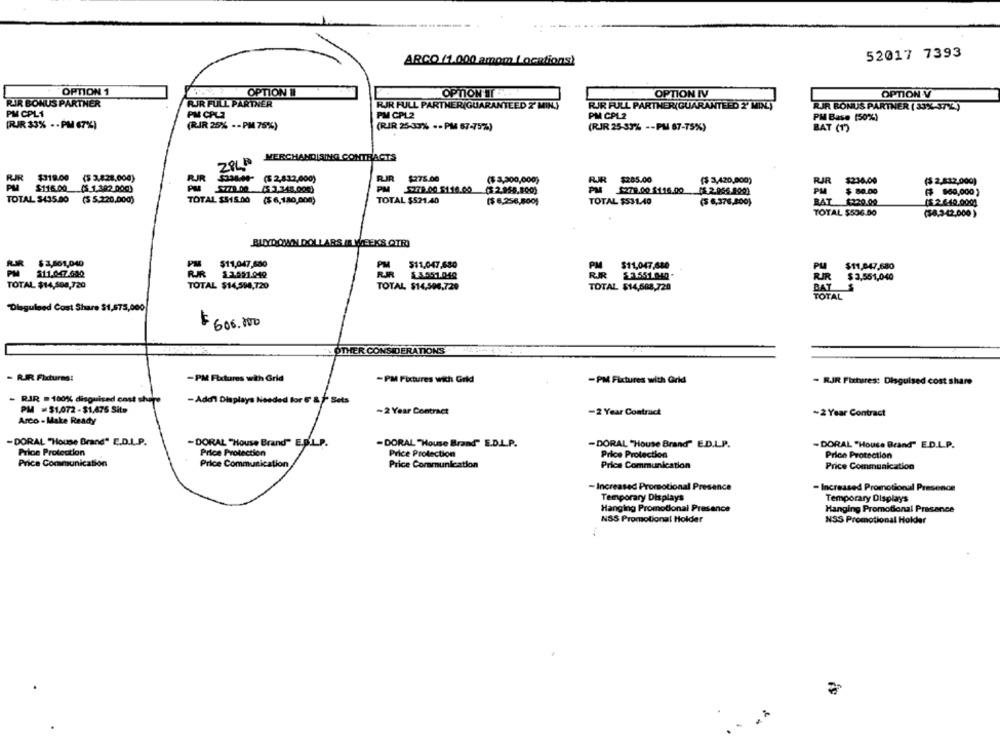
52017 7393
ARCO (1.000 amom Locations)
OPTION 1
OPTION II
OPTION SIEEIN
OPTION IV
OPTION V
RIR BONUS PARTNER
RIR FULL PARTNER
FIR FULL PARTNER(GUARANTEED Z' MIN)
RJR FULL PARTNER(GUARANTEED 2' MIN.)
RIR BONUS PARTNER ( 33%-37%)
PM CPL1
PIM CALZ
PM CPL2
PM CPL2
PM Base (50%)
(RJR 33% - - PM 67%)
(RIR 25% -- PM 75%)
(RIR 25-30% -- PM 67-75%)
(RJR 25-33% -- PM 67-75%)
BAT (1)
MERCHANDISING CONTRACTS
RJR $318.00 ($ 3,828,000)
$3KM- ($2,812,000)
RIR
$275.00
($ 3,300,000)
RJR $285.00
RIR
PUR
($ 3,420,000)
RJR $230.00
($ 2,832,000)
PM $116.00 ($ 1.302.000)
PM 279.00 3.348.000)
PM
($2.958.800)
PM 279.00 5116.00 (S 2.056.800)
PM
$ 80.00
($ $30,0001
TOTAL $435.00 ($ $.220,000)
TOTAL $515.00 ($ 6,180,000)
TOTAL $$21.40
TOTAL $531.40
BAT 4220.00
($ 6,256,500)
(5 6,376,200)
(5 2.6.49.000)
TOTAL $536.00
(54,3-42,000 )
BUYDOWN DOLLARS IN WEEKS QTR)
BLIR $3,661,040
$11,047,680
511,047,680
PM
$11,047,680
PU
$11,047,680
$3.551.049
FIR $3551.040
$3551.040*
$ 3,551,040
TOTAL $14,500,720
TOTAL $14,594,720
TOTAL $14,506,720
TOTAL $14,668,720
BAT
TOTAL
Disguised Cost Share $1,675,000
$ 600.000
OTHER CONSIDERATIONS
- RJR Fixtures:
-PM Fixtures with Grid
-PM Fixtures with Grid
-PM Fixtures with Grid
- RIR Fixtures: Disguised cost share
- RIR .100% disguised cost share
-Adel Displays Needed for 5 & 1 Sets
PM =$1,072 -$1.475 Site
-2 Year Contract
-2 Year Contract
~2 Year Contract
Arco - Make Ready
- DORAL "House Brand" E.D.L.P.
-DORAL "House Brand" E.B.L.P.
DORAL "House Brand" E.D.L.P.
-DORAL "House Brand" E.D.LP.
- DORAL "House Brand" E.D.L.P.
Price Protection
Price Protection
Price Protection
Price Protection
Price Protection
Price Communication
Price Communication
Price Communication
Price Communication
Price Communication
- Increased Promotional Presence
- Increased Promotional Preseno
Temporary Displays
Temporary Displays
Hanging Promotional Presence
Hanging Promotional Prasance
NSS Promotional Holder
NSS Promotional Holder
%